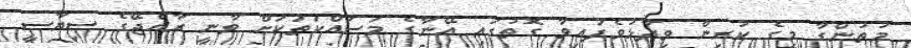
މުތުންގާ މީގެ ކުރިން ވިދާޅުވެފައިވާ ގޮތުގައި އޭނާގެ މަސައްކަތަކަށް ވާނީ ރާއްޖޭގެ ސިޔާސީ